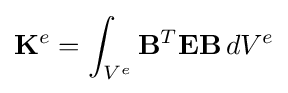
\mathbf {K} ^{e}=\int _{V^{e}}\mathbf {B} ^{T}\mathbf {E} \mathbf {B} \,dV^{e}